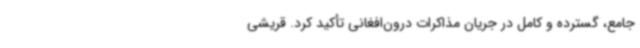
جامع، گسترده و کامل در جریان مذاکرات درون‌افغانی تأکید کرد. قریشی